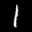
Label: 1